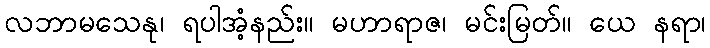
လဘာမသေနု၊ ရပါအံ့နည်း။ မဟာရာဇ၊ မင်းမြတ်။ ယေ နရာ၊